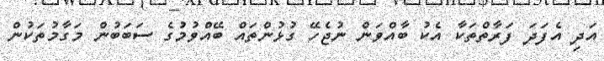
އަދި އެފަދަ ފަރާތްތަކާ އެކު ބާއްވަން ނުޖެހޭ ގުޅުންތައް ބޭއްވުމުގެ ސަބަބުން މަގާމުތަކުން